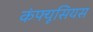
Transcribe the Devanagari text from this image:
कंफ्यूसियस